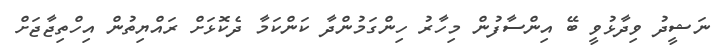
ނަޝީދު ވިދާޅުވީ ބޭ އިންސާފުން މިހާރު ހިންގަމުންދާ ކަންކަމާ ދެކޮޅަށް ރައްޔިތުން އިހްތިޖާޖަށް